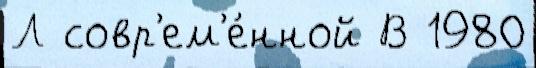
Л совр'ем'е́нной В 1980